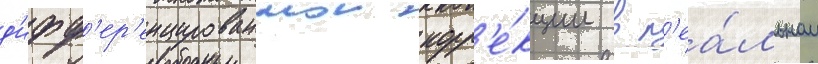
д'ифф'ер'енцированнои корр'е́кции в р'еа́льном